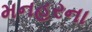
મનહરના